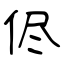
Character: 侭